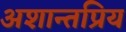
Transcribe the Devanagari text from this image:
अशान्तप्रिय